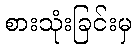
စားသုံးခြင်းမှ